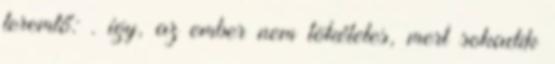
teremtő: . így, az ember nem tökéletes, mert sokadik